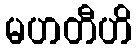
မဟတီဟိ